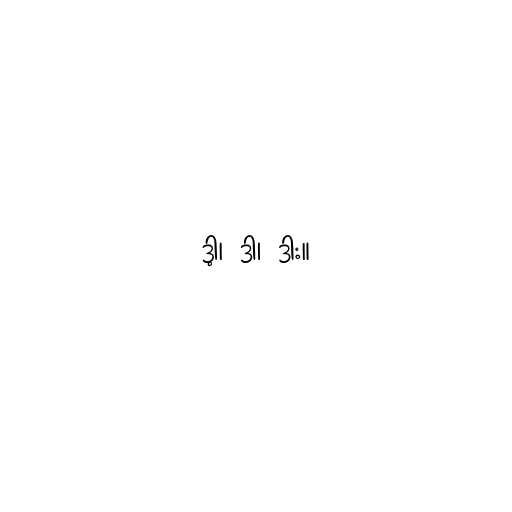
ဒါ့၊ ဒါ၊ ဒား။